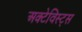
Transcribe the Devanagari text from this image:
अक्टेविस्ट्स